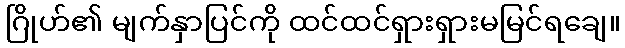
ဂြိုဟ်၏ မျက်နှာပြင်ကို ထင်ထင်ရှားရှားမမြင်ရချေ။